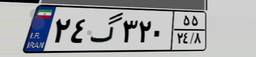
۲۴گ۳۲۰۵۵